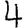
Digit: 4